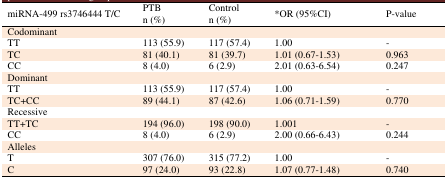
<table><thead><tr><td><b>miRNA-499 rs3746444 T/C </b></td><td><b>PTBn (%)</b></td><td><b>Controln (%)</b></td><td><b>*OR (95%CI)</b></td><td><b>P-value</b></td></tr></thead><tbody><tr><td>Codominant </td><td></td><td></td><td></td><td></td></tr><tr><td>TT</td><td>113 (55.9)</td><td>117 (57.4)</td><td>1.00</td><td>-</td></tr><tr><td>TC</td><td>81 (40.1)</td><td>81 (39.7)</td><td>1.01 (0.67-1.53)</td><td>0.963</td></tr><tr><td>CC</td><td>8 (4.0)</td><td>6 (2.9)</td><td>2.01 (0.63-6.54)</td><td>0.247</td></tr><tr><td>Dominant </td><td></td><td></td><td></td><td></td></tr><tr><td>TT</td><td>113 (55.9)</td><td>117 (57.4)</td><td>1.00</td><td>-</td></tr><tr><td>TC+CC</td><td>89 (44.1)</td><td>87 (42.6)</td><td>1.06 (0.71-1.59)</td><td>0.770</td></tr><tr><td>Recessive </td><td></td><td></td><td></td><td></td></tr><tr><td>TT+TC</td><td>194 (96.0)</td><td>198 (90.0)</td><td>1.001</td><td>-</td></tr><tr><td>CC</td><td>8 (4.0)</td><td>6 (2.9)</td><td>2.00 (0.66-6.43)</td><td>0.244</td></tr><tr><td>Alleles</td><td></td><td></td><td></td><td></td></tr><tr><td>T</td><td>307 (76.0)</td><td>315 (77.2)</td><td>1.00</td><td>-</td></tr><tr><td>C</td><td>97 (24.0)</td><td>93 (22.8)</td><td>1.07 (0.77-1.48)</td><td>0.740</td></tr></tbody></table>